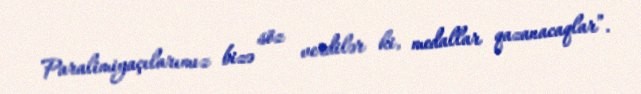
Paralimiyaçılarımız bizə söz verdilər ki, medallar qazanacaqlar”.